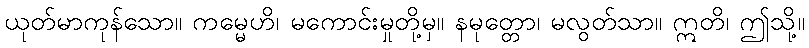
ယုတ်မာကုန်သော။ ကမ္မေဟိ၊ မကောင်းမှုတို့မှ။ နမုတ္တော၊ မလွတ်သာ။ ဣတိ၊ ဤသို့။